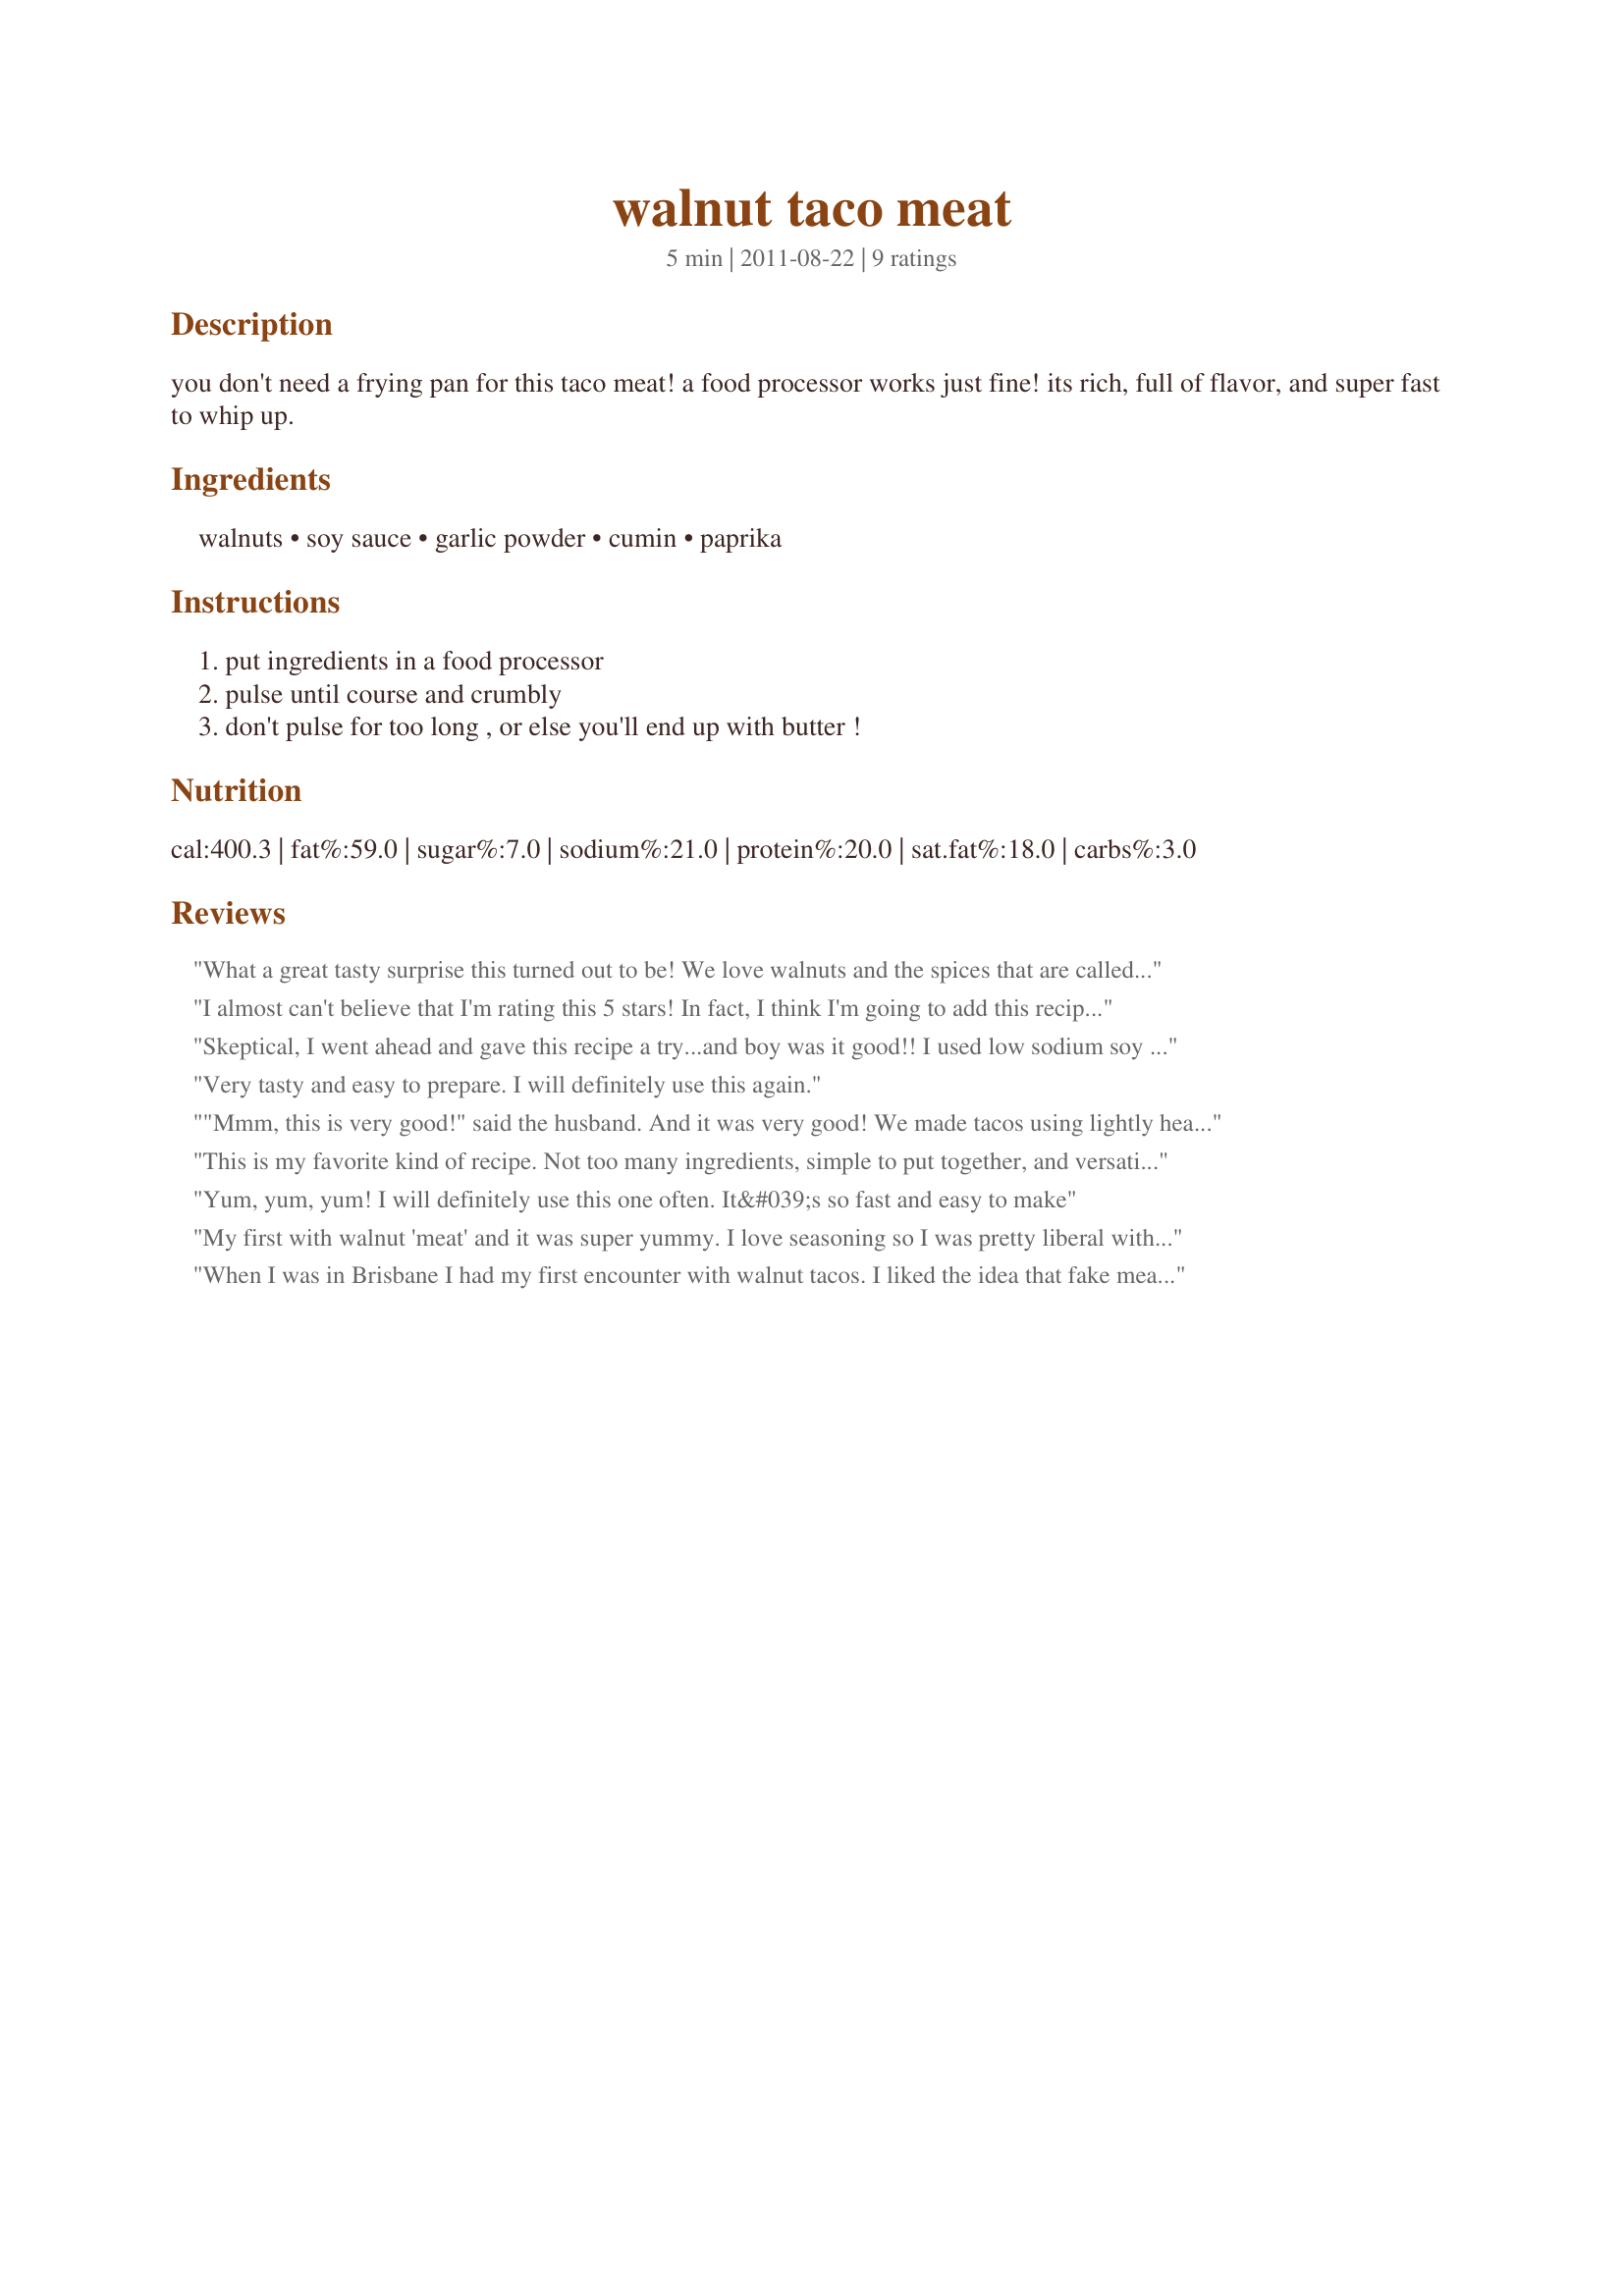
walnut taco meat
Preparation time: 5 minutes

you don't need a frying pan for this taco meat! a food processor works just fine! its rich, full of flavor, and super fast to whip up.

Ingredients:
walnuts, soy sauce, garlic powder, cumin, paprika

Steps:
put ingredients in a food processor, pulse until course and crumbly, don't pulse for too long , or else you'll end up with butter !

Reviews:
What a great tasty surprise this turned out to be! We love walnuts and the spices that are called for and thought ok chopped walnuts could have that crumbled meat texture, but soy sauce? Well dove in and made as written and was pleasantly surprised at how tasty it was. We enjoyed it over chips with nacho cheese sauce for a quick snack type of lunch but am already planning to make soft shelled tacos using corn (the corn helps bring out the flavor) tortillas with all the fixings. Guess by now you have figured out we will be enjoying this quit often. Thanks for the post.
I almost can't believe that I'm rating this 5 stars! In fact, I think I'm going to add this recipe to my best of the best file. I'm trying to eat vegan until dinner time and thought this recipe might work for a good lunch. Well it turned out to be a GREAT lunch! I simply put this into an Ezekial sprouted grains wrap, rolled it up and enjoyed. I might add salsa, lettuce, guacamole etc... next time, but really it is great all on it's own! It does give you that taco meat flavor and feel. Who would have thought?!
Skeptical, I went ahead and gave this recipe a try...and boy was it good!! I used low sodium soy sauce, but honestly I see no reason to tweak this genius, delicious idea.
Very tasty and easy to prepare. I will definitely use this again.
"Mmm, this is very good!" said the husband. And it was very good! We made tacos <br/>using lightly heated corn tortillas and served the tacos with a side of plain pinto beans and<br/>Recipe #159002. I replaced 1/4 teaspoon of paprika with Spanish smoked paprika and that was my only change. My husband garnished his tacos with salsa and mine were garnished with fresh cilantro. Between the two of us we ate six tacos! ;) Took me less than 5 minutes to prepare, too. Reviewed for Veg Tag/September. We look forward to making this again very soon. Recipe has been added to my Best of 2011 Official Cookbook. Thanks for posting!
This is my favorite kind of recipe. Not too many ingredients, simple to put together, and versatile and delicious.
Yum, yum, yum! I will definitely use this one often. It&#039;s so fast and easy to make
My first with walnut 'meat' and it was super yummy. I love seasoning so I was pretty liberal with the seasoning. It was absolutely delicious. I actually joined food.com because of this recipe!
When I was in Brisbane I had my first encounter with walnut tacos. I liked the idea that fake meat wasn&#039;t used. I made the recipe as is, and for my taste it is a little salty. Next time I&#039;ll add less soy sauce. I also used smoked paprika, but next time I think I&#039;ll use hot paprika. Very good and filling.
